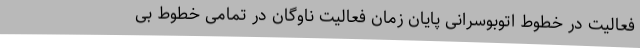
فعالیت در خطوط اتوبوسرانی پایان زمان فعالیت ناوگان در تمامی خطوط بی